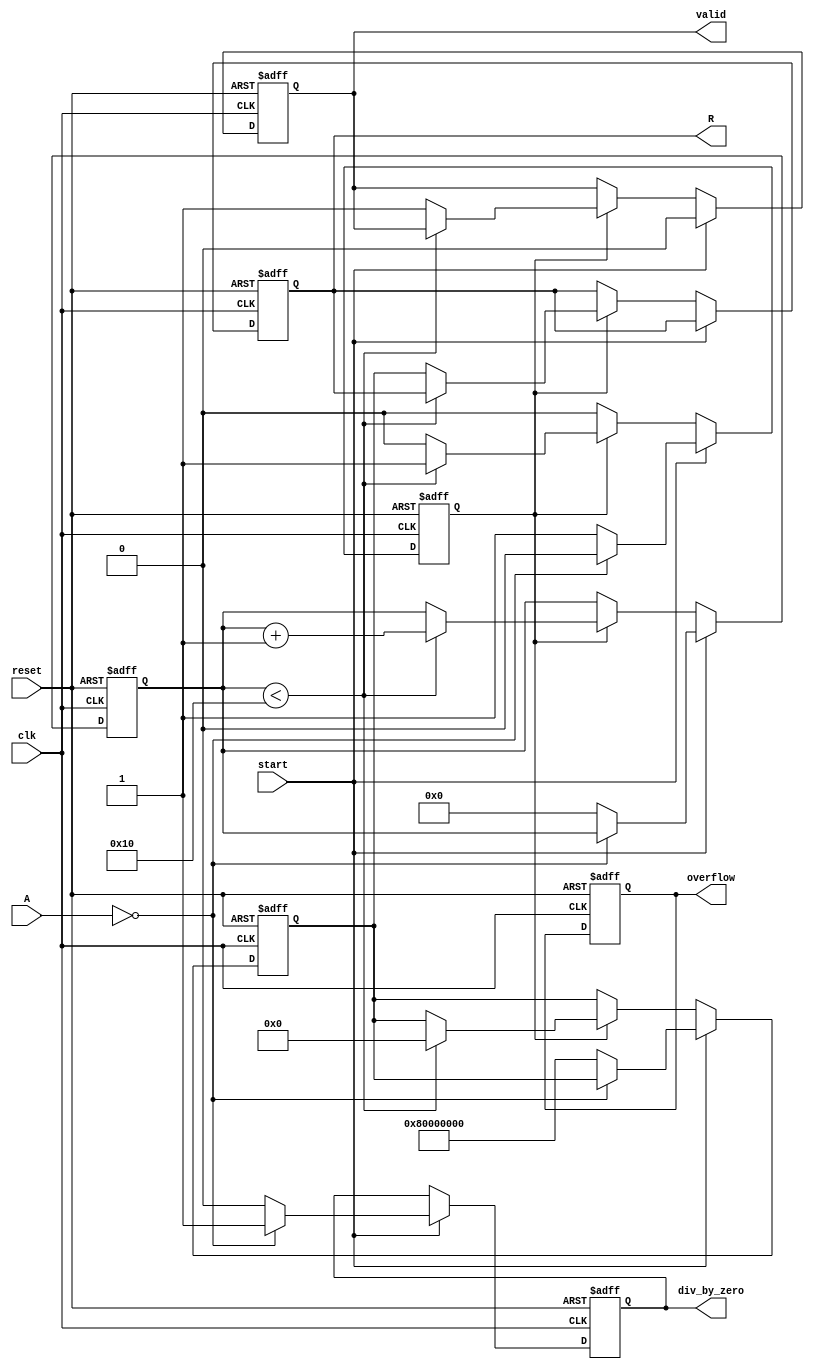
module BitwiseReciprocal #(
    parameter DATA_WIDTH = 16,  // Width of the input data
    parameter RECIPROCAL_WIDTH = 32, // Width of the output reciprocal
    parameter MAX_ITERATIONS = 16  // Maximum iterations for convergence
)(
    input wire clk,                // Clock signal
    input wire reset,              // Reset signal
    input wire start,              // Start signal for computation
    input wire [DATA_WIDTH-1:0] A, // Input data
    output reg [RECIPROCAL_WIDTH-1:0] R, // Reciprocal output
    output reg valid,              // Output valid flag
    output reg overflow,           // Overflow flag
    output reg div_by_zero         // Division by zero flag
);

    // Internal signals
    reg [RECIPROCAL_WIDTH-1:0] approx; // Current approximation of reciprocal
    reg [DATA_WIDTH-1:0] normalized_A; // Normalized input
    reg [4:0] iteration_count; // Iteration counter
    reg computing; // State for computing

    // State Machine for computation
    always @(posedge clk or posedge reset) begin
        if (reset) begin
            R <= 0;
            valid <= 0;
            overflow <= 0;
            div_by_zero <= 0;
            approx <= 0;
            iteration_count <= 0;
            computing <= 0;
        end else if (start) begin
            if (A == 0) begin
                // Handle division by zero
                div_by_zero <= 1;
                valid <= 0;
                computing <= 0;
            end else begin
                div_by_zero <= 0;
                valid <= 0;
                computing <= 1;
                iteration_count <= 0;

                // Normalize input A to range [0.5, 1.0]
                normalized_A <= (A << (DATA_WIDTH - 1)) / A; // Shift left to normalize
                approx <= {1'b1, {(RECIPROCAL_WIDTH-1){1'b0}}}; // Initial approximation, 1.0
            end
        end else if (computing) begin
            // Iteratively refine the approximation using Newton's method
            if (iteration_count < MAX_ITERATIONS) begin
                approx <= approx * (2**RECIPROCAL_WIDTH - normalized_A * approx) >> RECIPROCAL_WIDTH; // Update approximation
                iteration_count <= iteration_count + 1;
            end else begin
                // After maximum iterations, finalize the output
                R <= approx;
                valid <= 1;
                computing <= 0;
            end
        end
    end

endmodule